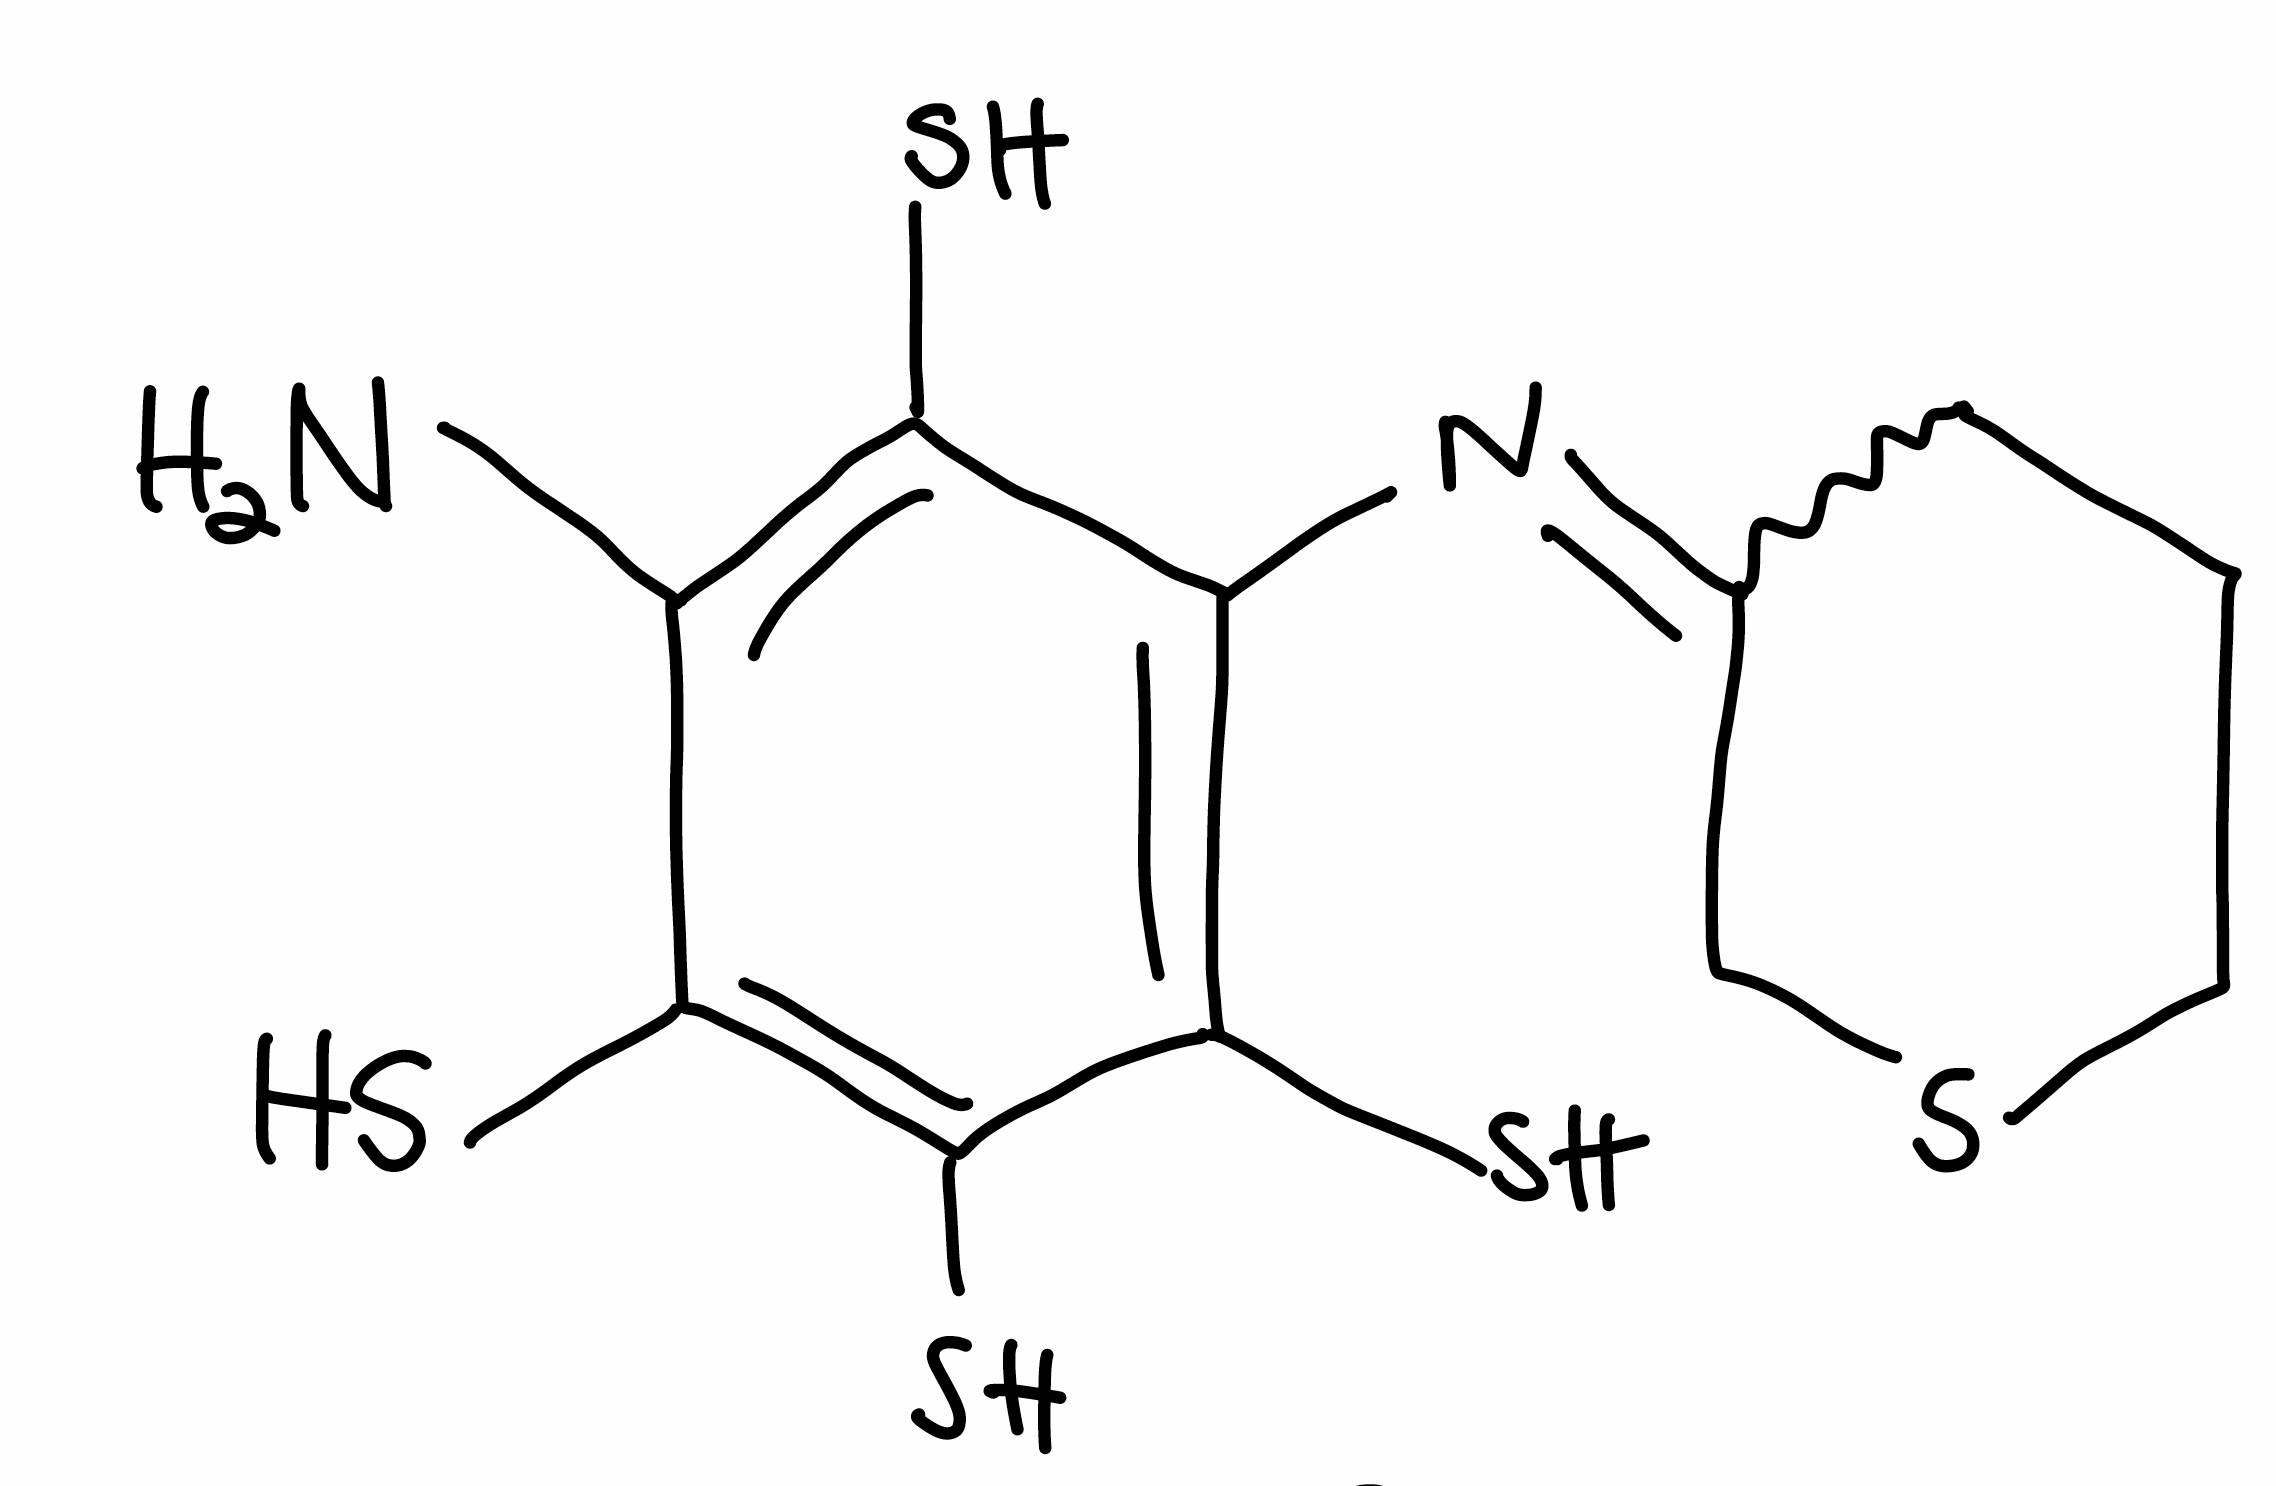
Simplified molecular-input line-entry system (SMILES) notation of the given molecule:
C1C=CC(=NC2=C(C(=C(C(=C2S)N)S)S)S)CS1